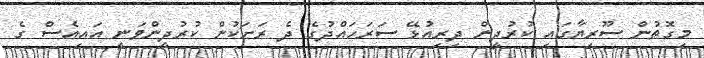
މިގޮތުން ސޫރިޔާގައި ކުރުދީން ދިރިއުޅޭ ސަރަހައްދުގެ ދެ ރަށަކުން ކުރުދީންވަނީ އައިއެސް ގެ